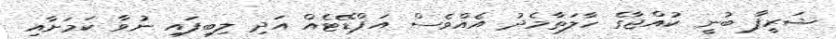
ޝަރީފާ ބުނީ ކުއްޖާގެ ހާލަތާމެދު އެއްވެސް އަޕްޑޭޓެއް އަދި ލިބިފައި ނުވާ ކަމަށާއި